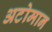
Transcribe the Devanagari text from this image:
अटोमान